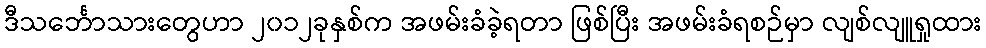
ဒီသင်္ဘောသားတွေဟာ ၂၀၁၂ခုနှစ်က အဖမ်းခံခဲ့ရတာ ဖြစ်ပြီး အဖမ်းခံရစဉ်မှာ လျစ်လျူရှုထား